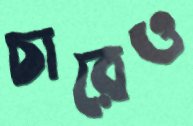
চারেও